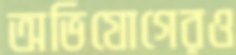
অভিযোগেরও